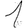
Digit: 1